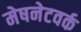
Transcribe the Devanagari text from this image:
मेषनेटवर्क